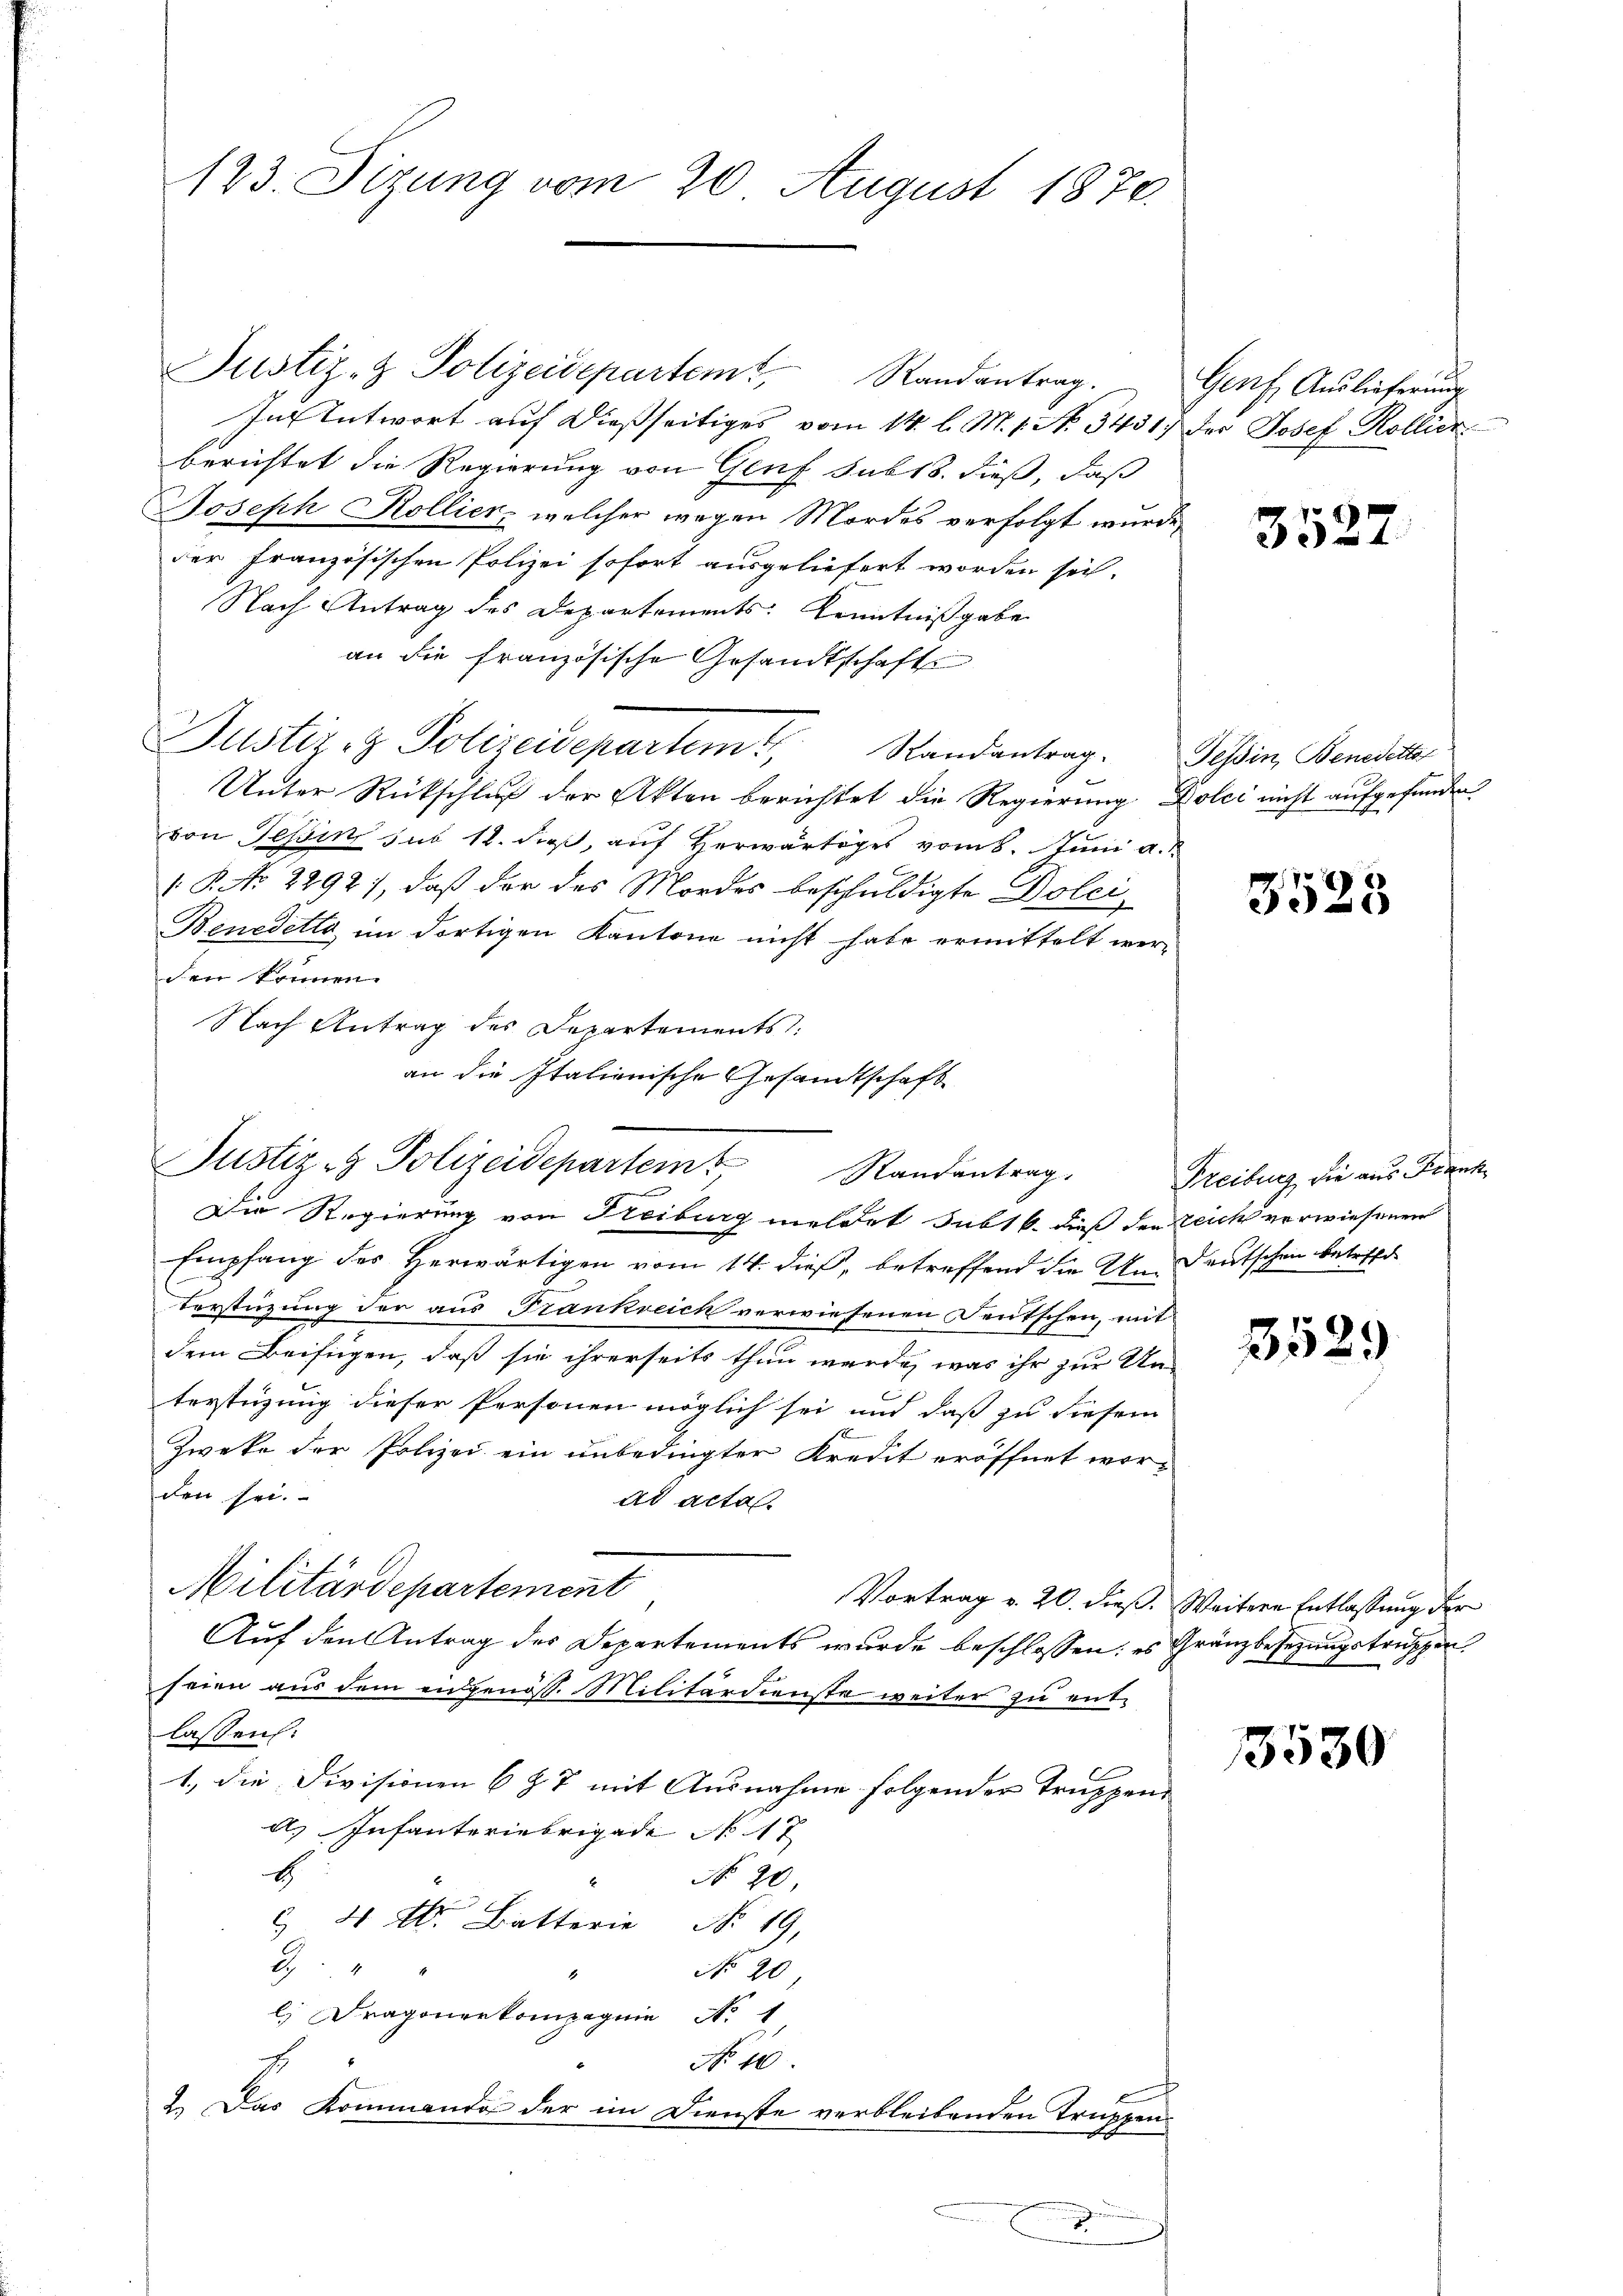
123. Sizung vom 20. August 1870.

Justiz- & Polizeidepartemt, Randantrag.
In Antwort auf dießseitiges vom 14. l. M. 1. No. 3431.
berichtet die Regierung von Genf sub 18. dieß, daß
Joseph Kollier, welcher wegen Mordes verfolgt wurd
der Französischen Polizei sofort ausgeliefert worden sei.
Nach Antrag des Departements Kenntnißgabe
an die französische Gesandtschaft
Justiz & Polizeidepartem Standentrag.
Unter Rückschluß der Akten berichtet die Regierung Dolci nicht aufgefunden
von Tessin sub 12. dieß, auf Herwärtiges vom 8. Juni a.
.P. No 2292), daß der des Mordes beschuldigte Dolei
Benedette im dortigen Kantone nicht habe ermittelt werden können.
Nach Antrag des Departements:
Die Regierung von Freiburg meldet subt 6. dieß den Zeich verwiesenen
g
Empfang des Herwärtigen vom 14. dieß, betreffend die Un-deutschen betreffe
Verstüzung der aus Frankreich verwiesenen Feutschen, mit
dem Beifügen, daß sie ihrerseits thun werde, was ihr zur Un¬
6
terstüzung dieser Personen möglich sei und daß zu diesem
Zweke der Polizei ein unbedingter Kredit eröffnet worden sei.
ad acta.
Militärdepartement
Auf den Antrag des Departements wurde beschlossen: es Gränzbesezungstruppen
seien aus dem eidgenöss. Militärdienste weiter zu entlassen:
1., die Divisionen 6 § 7 mit Ausnahme folgender Truppen
d. Infanteriebrigade No 17
E
No 20.
 4. Batterie No 19.
d
No 20.
l Dragonerkompagnie No 1
No 10.
2.) Das Kommando der im Dienste verbleibenden Truppen¬

an die Italionische Gesandtschaft
Justiz- & Polizeidepartem Randantrag.

x

Genf. Auslieferung
Der Josef Rollier

3527

Tessin, Benedetter

3523

Freiburg, die aus Frank

3529

Vortrag v. 20. dieß. Weitern Entlassung der

3530